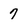
Character: 7